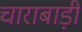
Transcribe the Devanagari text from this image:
चाराबाड़ी